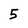
Character: 5